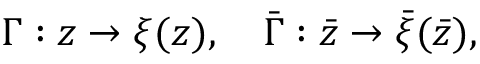
\Gamma : z \rightarrow \xi ( z ) , \quad \bar { \Gamma } : \bar { z } \rightarrow \bar { \xi } ( \bar { z } ) ,